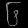
Digit: ၆